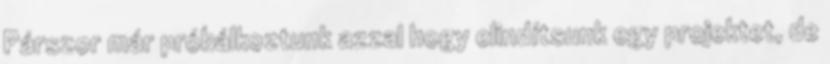
Párszor már próbálkoztunk azzal hogy elindítsunk egy projektet, de